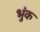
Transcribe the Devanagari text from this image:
भुंक